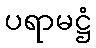
ပရာမဋ္ဌံ